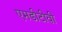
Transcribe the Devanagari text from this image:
एमडीटीवी